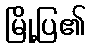
မြို့ပြ၏